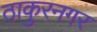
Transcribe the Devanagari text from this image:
ठाकुरनगर